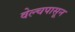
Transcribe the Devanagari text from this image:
वेल्चपासून